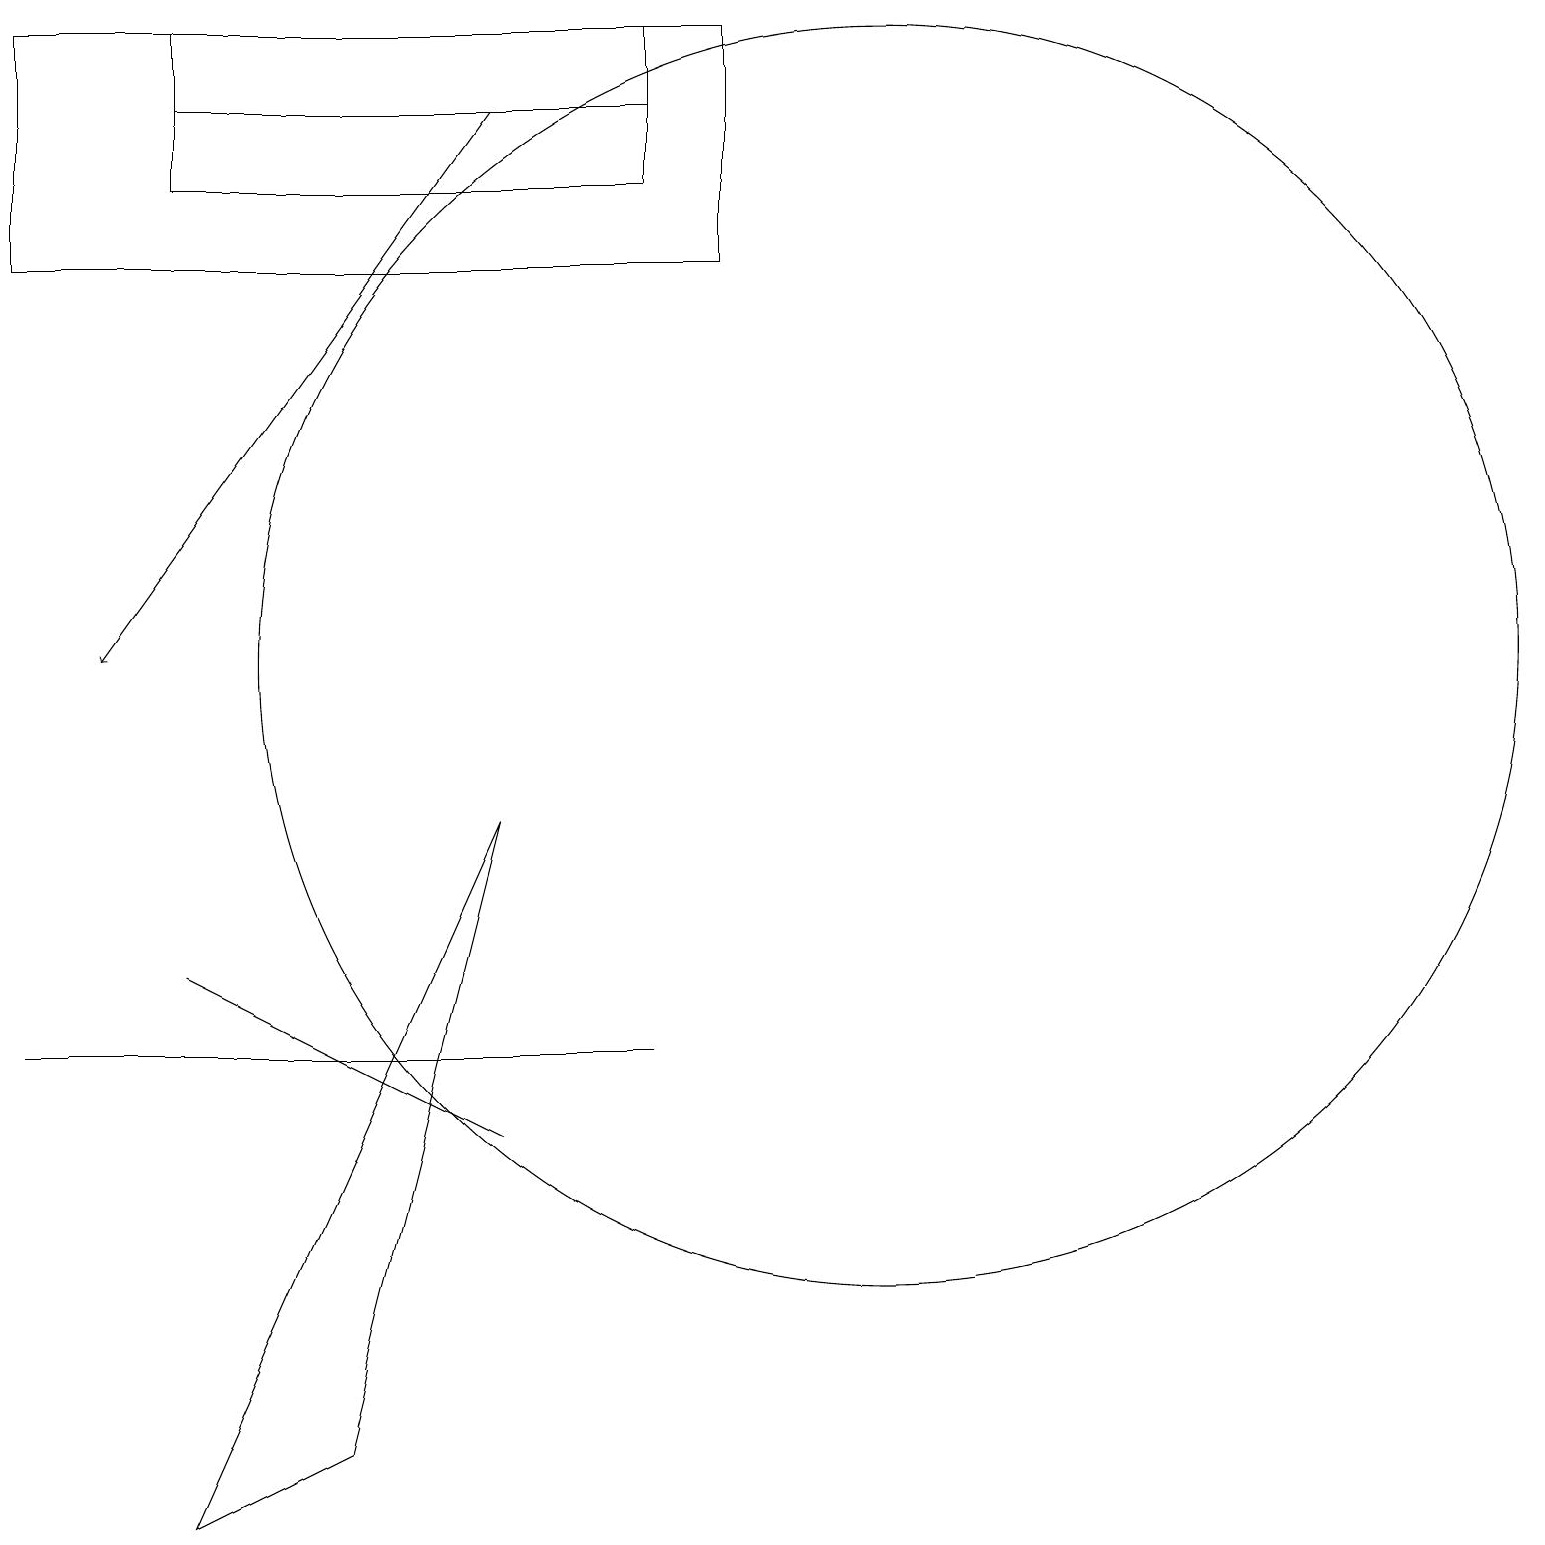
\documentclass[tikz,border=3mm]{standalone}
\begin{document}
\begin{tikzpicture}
\draw[->] (6,18) -- (1,11);
\draw (2,18) rectangle (8,17);
\draw (5,6) -- (0,6) -- (8,6) -- cycle;
\draw (11,11) circle (8);
\draw (0,16) rectangle (9,19);
\draw (2,19) rectangle (8,18);
\draw (4,6) -- (6,5) -- (2,7) -- cycle;
\draw (2,0) -- (6,9) -- (4,1) -- cycle;
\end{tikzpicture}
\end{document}